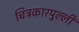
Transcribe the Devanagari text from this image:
चित्रकारपुल्ली